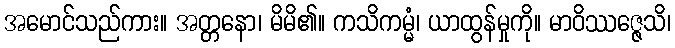
အမောင်သည်ကား။ အတ္တနော၊ မိမိ၏။ ကသိကမ္မံ၊ ယာထွန်မှုကို။ မာဝိဿဇ္ဇေသိ၊